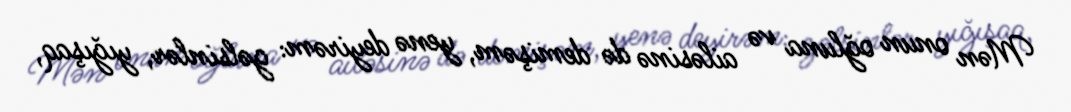
Mən onun oğluna və ailəsinə də demişəm, yenə deyirəm: gəlsinlər, yığışaq,